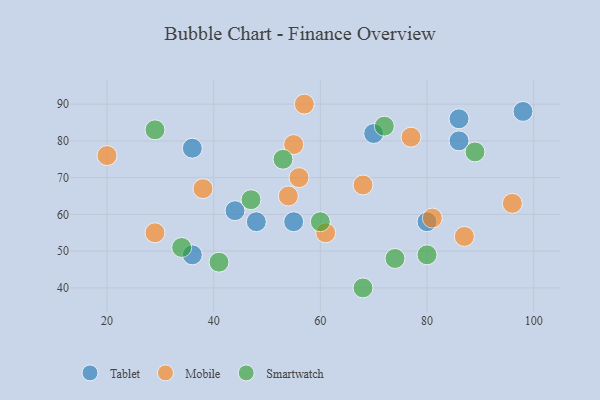
{"axis": {"x": "GDP", "y": "Life Expectancy"}, "legend": ["Mobile", "Smartwatch", "Tablet"], "data": [{"x": "70", "y": 82, "type": "Tablet"}, {"x": "48", "y": 58, "type": "Tablet"}, {"x": "36", "y": 49, "type": "Tablet"}, {"x": "44", "y": 61, "type": "Tablet"}, {"x": "86", "y": 80, "type": "Tablet"}, {"x": "36", "y": 78, "type": "Tablet"}, {"x": "98", "y": 88, "type": "Tablet"}, {"x": "86", "y": 86, "type": "Tablet"}, {"x": "80", "y": 58, "type": "Tablet"}, {"x": "55", "y": 58, "type": "Tablet"}, {"x": "54", "y": 65, "type": "Mobile"}, {"x": "81", "y": 59, "type": "Mobile"}, {"x": "56", "y": 70, "type": "Mobile"}, {"x": "57", "y": 90, "type": "Mobile"}, {"x": "61", "y": 55, "type": "Mobile"}, {"x": "29", "y": 55, "type": "Mobile"}, {"x": "68", "y": 68, "type": "Mobile"}, {"x": "20", "y": 76, "type": "Mobile"}, {"x": "55", "y": 79, "type": "Mobile"}, {"x": "87", "y": 54, "type": "Mobile"}, {"x": "77", "y": 81, "type": "Mobile"}, {"x": "38", "y": 67, "type": "Mobile"}, {"x": "96", "y": 63, "type": "Mobile"}, {"x": "74", "y": 48, "type": "Smartwatch"}, {"x": "60", "y": 58, "type": "Smartwatch"}, {"x": "41", "y": 47, "type": "Smartwatch"}, {"x": "89", "y": 77, "type": "Smartwatch"}, {"x": "47", "y": 64, "type": "Smartwatch"}, {"x": "53", "y": 75, "type": "Smartwatch"}, {"x": "72", "y": 84, "type": "Smartwatch"}, {"x": "80", "y": 49, "type": "Smartwatch"}, {"x": "34", "y": 51, "type": "Smartwatch"}, {"x": "29", "y": 83, "type": "Smartwatch"}, {"x": "68", "y": 40, "type": "Smartwatch"}]}